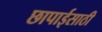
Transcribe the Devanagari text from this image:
छापाईसाठी